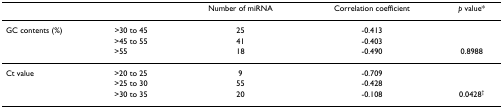
|  |  | Number of miRNA | Correlation coefficient | p value* |
 | --- | --- | --- | --- | --- |
 | GC contents (%) | >30 to 45 | 25 | -0.413 |  |
 |  | >45 to 55 | 41 | -0.403 |  |
 |  | >55 | 18 | -0.490 | 0.8988 |
 | Ct value | >20 to 25 | 9 | -0.709 |  |
 |  | >25 to 30 | 55 | -0.428 |  |
 |  | >30 to 35 | 20 | -0.108 | 0.0428† |